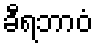
ခီရဘာဝံ